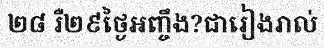
២៨ រឺ២៩ថ្ងៃអញ្ចឹង?ជារៀងរាល់